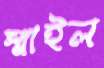
স্মাইল